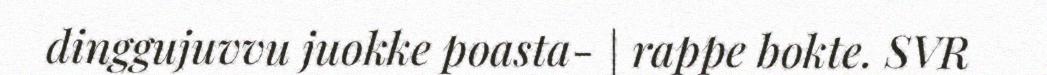
dinggujuvvu juokke poasta- | rappe bokte. SVR